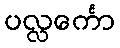
ပလ္လင်္ကော